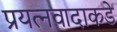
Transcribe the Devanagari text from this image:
प्रयत्‍नवादाकडे